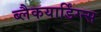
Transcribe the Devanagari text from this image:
ब्लैकयार्डिंग्न्स